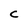
Character: c